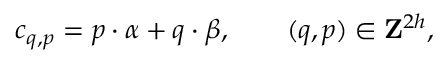
c _ { q , p } = { p } \cdot { \alpha } + { q } \cdot { \beta } , \qquad ( q , p ) \in { \bf Z } ^ { 2 h } ,